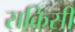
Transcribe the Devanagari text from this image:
सकिसी